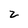
Character: z